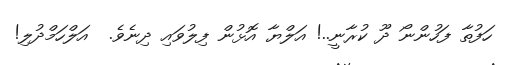
ހަފުތާ ފަހުންނޯ ދޫ ކުރާނީ..! އަލްޔާ އޮޅުން ފިލުވައި ދިނެވެ.  އަލްހަމްދުލި!